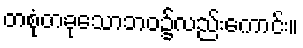
တစုံတခုသောဘဝ၌လည်းကောင်း။